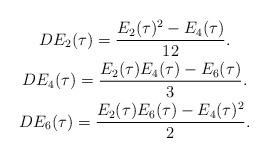
LaTeX: \begin{gather*}DE_2(\tau) = \frac{E_2(\tau)^2 - E_4(\tau)}{12}.\\DE_4(\tau) = \frac{E_2(\tau)E_4(\tau) - E_6(\tau)}{3}. \\DE_6(\tau) = \frac{E_2(\tau)E_6(\tau) - E_4(\tau)^2}{2}.\end{gather*}